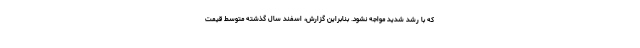
که با رشد شدید مواجه نشود. بنابراین گزارش، اسفند سال گذشته متوسط قیمت